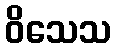
ဝိသေသ